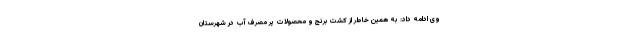
وی ادامه داد: به همین خاطر از کشت برنج و محصولات پر مصرف آب در شهرستان